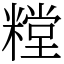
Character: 糛